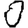
Digit: 0